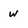
Character: w